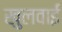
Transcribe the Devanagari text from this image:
खुलवाईं